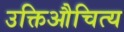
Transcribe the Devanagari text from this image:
उक्तिऔचित्य